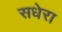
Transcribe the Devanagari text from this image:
सधेरा